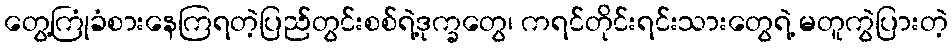
တွေ့ကြုံခံစားနေကြရတဲ့ပြည်တွင်းစစ်ရဲ့ဒုက္ခတွေ၊ ကရင်တိုင်းရင်းသားတွေရဲ့ မတူကွဲပြားတဲ့